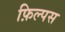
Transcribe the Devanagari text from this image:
फ़िल्पस